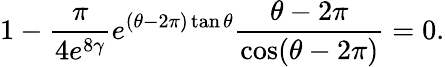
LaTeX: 1-\frac{\pi}{4e^{8\gamma}}e^{(\theta-{2\pi})\tan\theta}\frac{\theta-{2\pi}}{\cos(\theta-{2\pi})}=0.